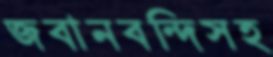
জবানবন্দিসহ